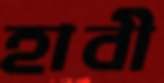
হাবী